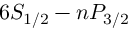
6 S _ { 1 / 2 } - n P _ { 3 / 2 }